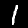
Digit: 1